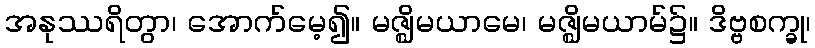
အနုဿရိတွာ၊ အောက်မေ့၍။ မဇ္ဈိမယာမေ၊ မဇ္ဈိမယာမ်၌။ ဒိဗ္ဗစက္ခု၊